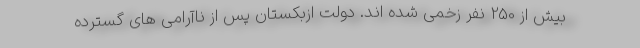
بیش از 250 نفر زخمی شده اند. دولت ازبکستان پس از ناآرامی های گسترده